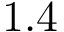
1 . 4